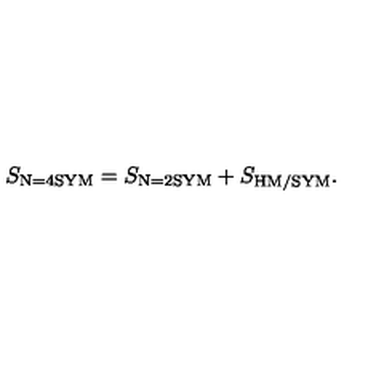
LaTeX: S _ { \mathrm { \scriptsize N = 4 S Y M } } = S _ { \mathrm { \scriptsize N = 2 S Y M } } + S _ { \mathrm { \scriptsize H M / S Y M } } .